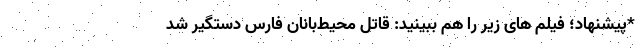
*پیشنهاد؛ فیلم های زیر را هم ببینید: قاتل محیط‌بانان فارس دستگیر شد